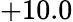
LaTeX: +10.0